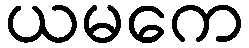
ယမကေ